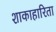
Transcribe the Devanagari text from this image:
शाकाहारिता